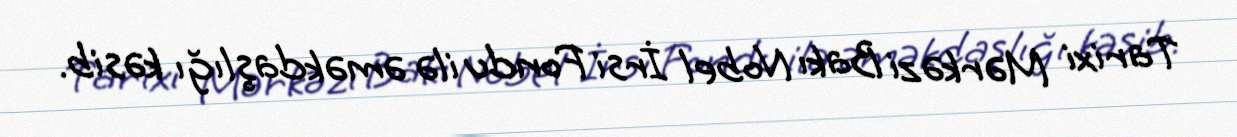
Tarixi Mərkəzi Bakı Nobel İrsi Fondu ilə əməkdaşlığı kəsib.